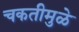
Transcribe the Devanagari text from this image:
चकतीमुळे